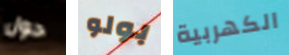
حول بولو الكهربية